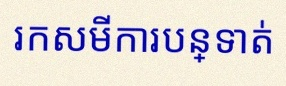
រកសមីការបន្ទាត់